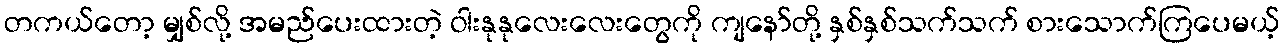
တကယ်တော့ မျှစ်လို့ အမည်ပေးထားတဲ့ ဝါးနုနုလေးလေးတွေကို ကျနော်တို့ နှစ်နှစ်သက်သက် စားသောက်ကြပေမယ့်